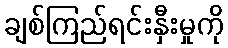
ချစ်ကြည်ရင်းနှီးမှုကို